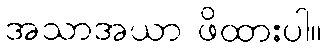
အသာအယာ ဖိထားပါ။